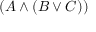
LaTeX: ( A \land ( B \lor C ) )